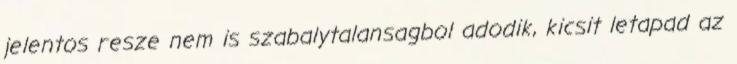
jelentos resze nem is szabalytalansagbol adodik, kicsit letapad az